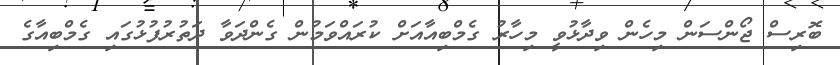
ބޮރިސް ޖޯންސަން މިހެން ވިދާޅުވީ މިހާރު ގެމްބިއާއަށް ކުރައްވަމުން ގެންދަވާ ދަތުރުފުޅުގައި ގެމްބިއާގެ